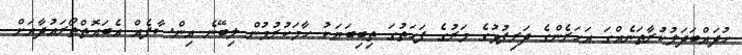
ހުދައްބަދަލުކުރާތަނެއްގަ އަހަރެންގެ ދަރިފުޅުގެ މަރުގެ ފަހަތުގަ ތިބިބަޔަކު ހާމަކުރުމުން ލިބޭނެ އިންސާފެއް އެބައޮތްތޯރައުދާއަށް